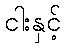
ငါးနှင့်